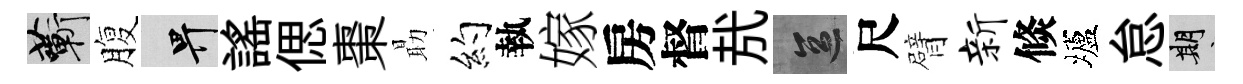
蔪腹畀謡偲棗朂约執嫁房督㢤區尺臂新倐壚怠期